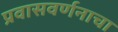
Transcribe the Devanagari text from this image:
प्रवासवर्णनाचा